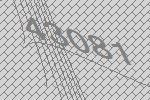
43081